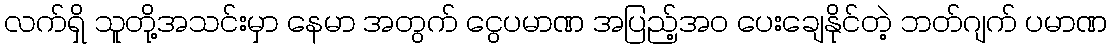
လက်ရှိ သူတို့အသင်းမှာ နေမာ အတွက် ငွေပမာဏ အပြည့်အ၀ ပေးချေနိုင်တဲ့ ဘတ်ဂျက် ပမာဏ